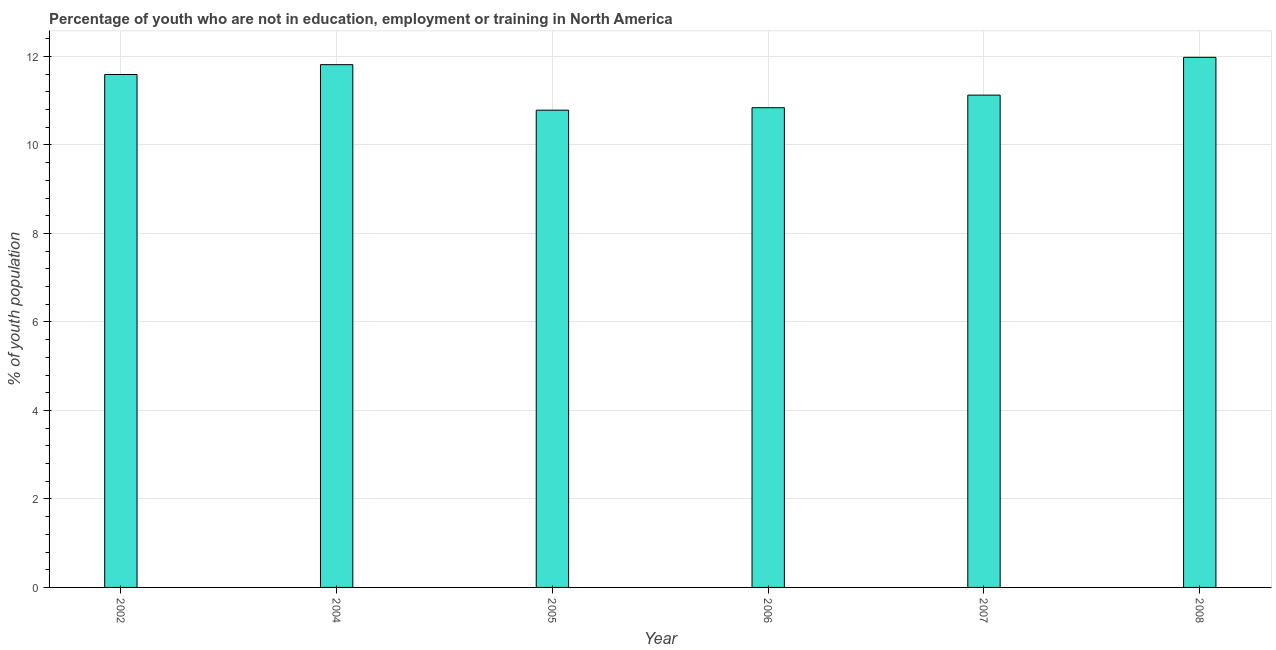
| Year | Unemployed youth |
 | --- | --- |
 | 2002 | 11.6 |
 | 2004 | 11.8 |
 | 2005 | 10.8 |
 | 2006 | 10.8 |
 | 2007 | 11.1 |
 | 2008 | 12 |